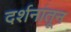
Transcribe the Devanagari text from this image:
दर्शनांतून